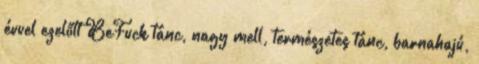
évvel ezelőtt BeFuck tánc, nagy mell, természetes tánc, barnahajú,